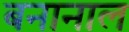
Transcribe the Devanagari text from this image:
बनानाल